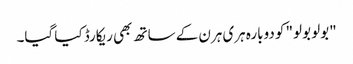
"بولو بولو" کو دوبارہ ہری ہرن کے ساتھ بھی ریکارڈ کیا گیا۔